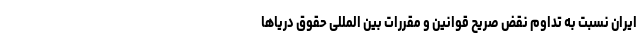
ایران نسبت به تداوم نقض صریح قوانین و مقررات بین المللی حقوق دریاها